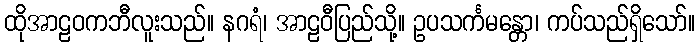
ထိုအာဠဝကဘီလူးသည်။ နဂရံ၊ အာဠဝီပြည်သို့။ ဥပသင်္ကမန္တော၊ ကပ်သည်ရှိသော်။